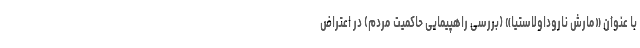
با عنوان «مارش ناروداولاستیا» (بررسی راهپیمایی حاکمیت مردم) در اعتراض